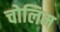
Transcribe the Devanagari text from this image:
चोलिम